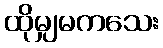
ထိုမျှမကသေး